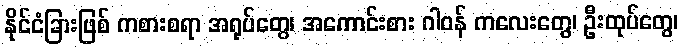
နိုင်ငံခြားဖြစ် ကစားစရာ အရုပ်တွေ၊ အကောင်းစား ဂါဝန် ကလေးတွေ၊ ဦးထုပ်တွေ၊